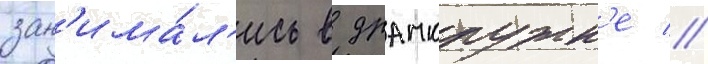
зан'има́л'ись в драмкружк'е //